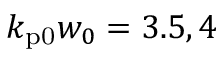
k _ { \mathrm { p 0 } } w _ { 0 } = 3 . 5 , 4